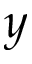
y